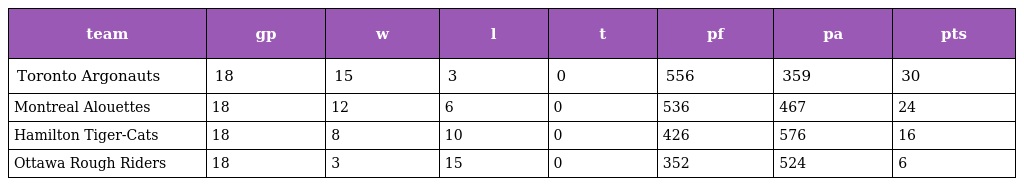
| team | gp | w | l | t | pf | pa | pts |
 | --- | --- | --- | --- | --- | --- | --- | --- |
 | Toronto Argonauts | 18 | 15 | 3 | 0 | 556 | 359 | 30 |
 | Montreal Alouettes | 18 | 12 | 6 | 0 | 536 | 467 | 24 |
 | Hamilton Tiger-Cats | 18 | 8 | 10 | 0 | 426 | 576 | 16 |
 | Ottawa Rough Riders | 18 | 3 | 15 | 0 | 352 | 524 | 6 |